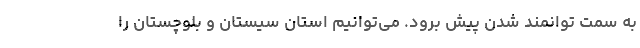
به سمت توانمند شدن پیش برود. می‌توانیم استان سیستان و بلوچستان را